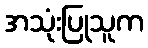
အသုံးပြုသူက